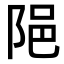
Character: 𨹝